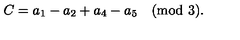
C = a _ { 1 } - a _ { 2 } + a _ { 4 } - a _ { 5 } \quad \mathrm { ( m o d \ 3 ) . }